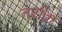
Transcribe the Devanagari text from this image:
तर्राक